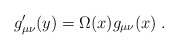
\begin{align*}g_{\mu \nu }^{\prime }(y)=\Omega (x)g_{\mu \nu }(x)\;. \end{align*}